Report on the working of the Ranchi Indian Mental Hospital, Kanke, in Bihar and Orissa - 1930-1940
Year: 1930
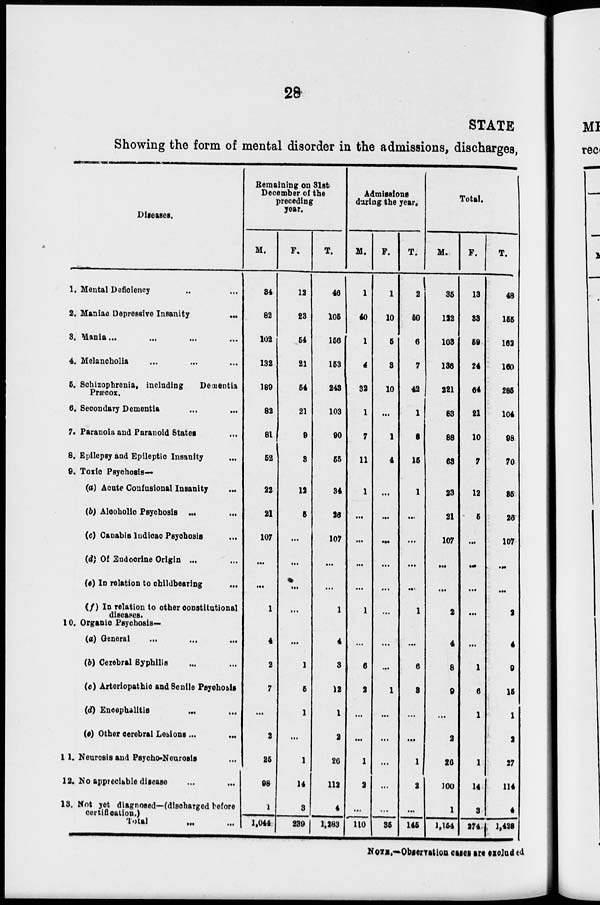
28
STATE
Showing the form of mental disorder in the admissions, discharges,
Diseases.
1. Mental Deficiency .. ...
2. Maniac Depressive Insanity
...
8, Mania...
...
...
...
4. Melancholia ... ... ...
5. Schizophrenia, including
Dementia
Precox.
6. Secondary Dementia ... ... ...
7. Paranoia and Paranoid States ...
8. Epilepsy and Epileptic Insanity ...
9. Toxic Psychosis—
(a) Acute Confusional Insanity ...
(b) Alcoholic Psychosis ...
(c) Canabis Indicac Psychosis
(d) Of Endocrine Origin ...
(e) In relation to childbearing
...
(f) In relation to other constitutional
diseases.
10. Organic Psychosis—
(a) General
...
...
...
(b) Cerebral Syphilis ... ... ...
(c) Arteriopathic and Senile Psychosis
(d) Encephalitis ... ... ...
(e) Other cerebral Lesions ...
...
11. Neurosis and Psycho-Neurosis ...
12. No appreciable disease ... ...
13. Not yet diagnosed—(discharged before
certification.)
Total
...
...
Remaining on 31st
December of the
preceding
year.
M.
84
82
102
132
189
82
81
52
22
21
107
...
...
1
4
2
7
...
2
25
98
1
1,044
F.
12
23
54
21
54
21
9
3
12
5
...
...
...
...
...
1
5
1
...
1
14
3
239
T.
46
105
156
153
243
103
90
55
34
26
107
...
...
1
4
3
12
1
2
26
112
4
1,283
Admissions
during the year.
M.
1
40
1
4
32
1
7
11
1
...
...
...
...
1
...
6
2
...
...
1
2
...
110
F.
1
10
5
3
10
...
1
4
...
...
..
...
...
...
...
...
1
...
...
...
...
...
35
T.
2
50
6
7
42
1
8
15
1
...
...
...
..
1
...
6
3
...
...
1
2
...
145
Total.
M.
35
122
103
136
221
83
88
63
23
21
107
...
...
2
4
8
9
...
2
26
100
1
1,154
F.
13
33
59
24
64
21
10
7
12
5
...
...
...
...
...
1
6
1
...
1
14
3
274
T.
48
155
162
160
285
104
98
70
35
26
107
...
...
2
4
9
15
1
2
27
114
4
1,428
NOTE.-Observation cases are excluded